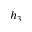
h _ { 3 }